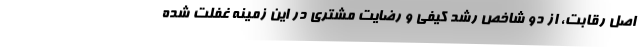
اصل رقابت، از دو شاخص رشد کیفی و رضایت مشتری در این زمینه غفلت شده